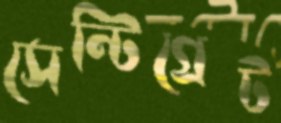
সেন্টিগ্রেট